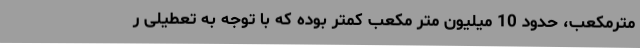
مترمکعب، حدود 10 میلیون متر مکعب کمتر بوده که با توجه به تعطیلی ر